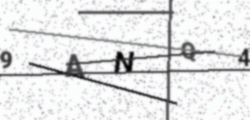
Text: 9ANQ4